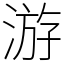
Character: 游